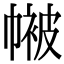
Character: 𭘴